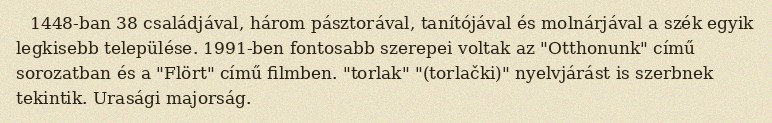
1448-ban 38 családjával, három pásztorával, tanítójával és molnárjával a szék egyik legkisebb települése. 1991-ben fontosabb szerepei voltak az "Otthonunk" című sorozatban és a "Flört" című filmben. "torlak" "(torlački)" nyelvjárást is szerbnek tekintik. Urasági majorság.